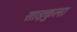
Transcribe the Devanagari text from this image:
साइकुला